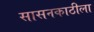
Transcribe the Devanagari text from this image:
सासनकाठीला